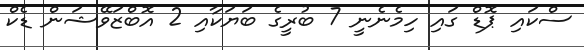
ސްކައި ޕޮޑް ގައި ހިމެނެނީ 7 ބުރީގެ ބަޔަކާއި 2 އޮބްޒަވޭޝަން ޑެކް